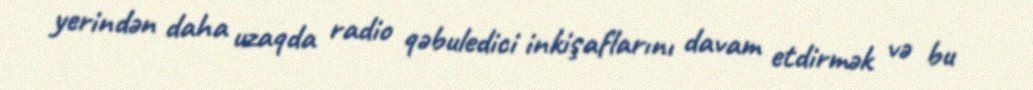
yerindən daha uzaqda radio qəbuledici inkişaflarını davam etdirmək və bu